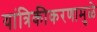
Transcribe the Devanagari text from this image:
यांत्रिकीकरणामुळे